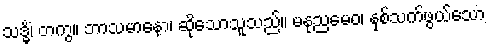
သဒ္ဓိံ၊ တကွ။ ဘာသမာနော၊ ဆိုသောသူသည်။ မနုညမေဝ၊ နှစ်သက်ဖွယ်သော